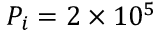
P _ { i } = 2 \times 1 0 ^ { 5 }